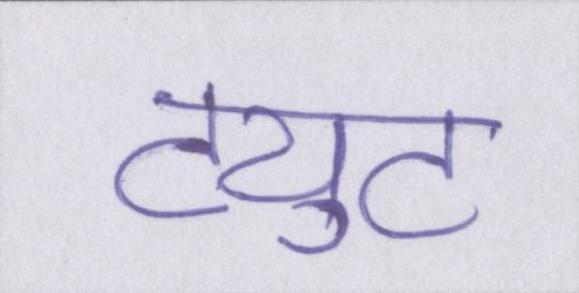
ट्युट